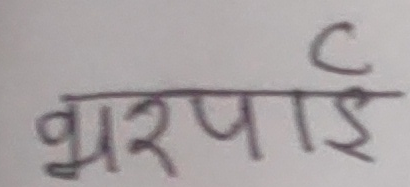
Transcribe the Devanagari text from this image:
भारपाई